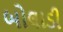
બોલાડી